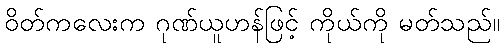
ဝိတ်ကလေးက ဂုဏ်ယူဟန်ဖြင့် ကိုယ်ကို မတ်သည်။